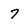
Character: 7